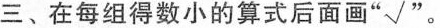
三、在每组得数小的算式后面画“ √ ”。